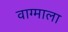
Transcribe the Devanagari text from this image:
वाग्माला